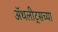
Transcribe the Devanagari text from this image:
ॲथलीट्सच्या